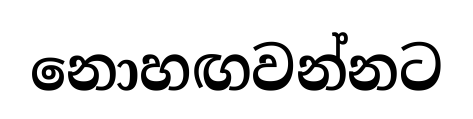
නොහඟවන්නට